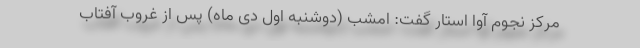
مرکز نجوم آوا استار گفت: امشب (دوشنبه اول دی ماه) پس از غروب آفتاب